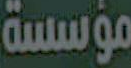
مؤسسة